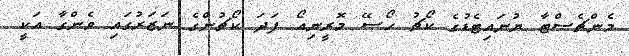
މެންޗެސްޓާ ޔުނައިޓެޑުގެ ކޯޗު ހޯސޭ މޮރީނިއޯ ފަދަ ކޯޗުންގެ ނަޒަރުގައި ވެންގާ އަކީ